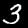
Label: 3